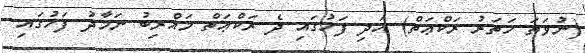
(ނުވަތަ ހަތަރު ރަކްޢަތް) އަދި ފަހުގައި ދެ ރަކްޢަތް މަޣްރިބު ނަމާދު ފަހުގައި